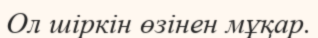
Ол шіркін өзінен мұқар.